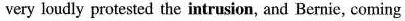
very loudly protested the intrusion, and Bernie, coming